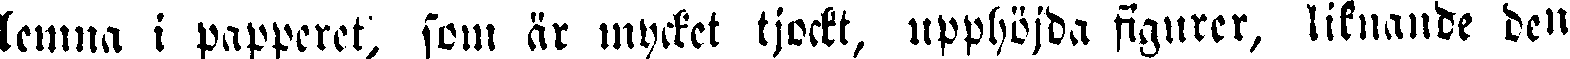
lemna i papperet, som är mycket tjockt, upphöjda figurer, liknande den